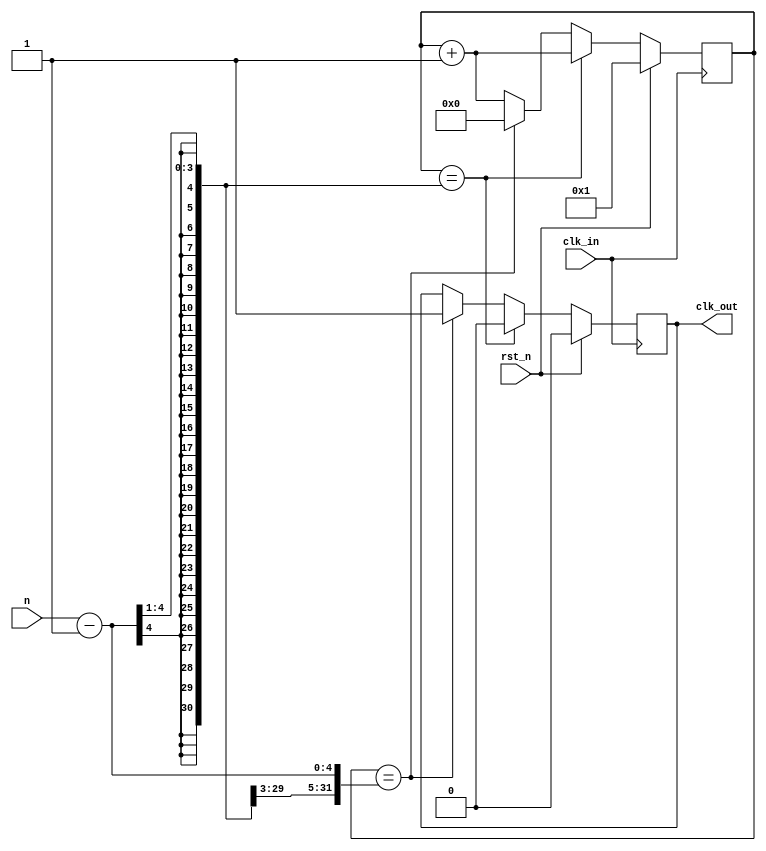
`timescale 1ns / 1ps
//////////////////////////////////////////////////////////////////////////////////
// Company: 
// Engineer: 
// 
// Design Name: 
// Module Name:    clk_div 
// Project Name: 
// Target Devices: 
// Tool versions: 
// Description: 
//
// Dependencies: 
//
// Revision: 
// Revision 0.01 - File Created
// Additional Comments: 
//
//////////////////////////////////////////////////////////////////////////////////
module clk_div(
   clk_in,
	rst_n,
	n,
   clk_out
   );

input clk_in;
input rst_n;	
input [3:0] n; 
output reg clk_out = 0;

reg [3:0] cnt = 1;	//trick

always @ (posedge clk_in)
begin
	if (rst_n)
	begin
		cnt <= 1;	//trick
		clk_out <= 0;
	end
	else
	begin
		if (cnt == (n - 1) >> 1)
		begin
			cnt <= cnt + 1;
			clk_out <= 0;	
		end
		else if (cnt == n - 1)
		begin
			cnt <= 0;
			clk_out <= 1;	
		end
		else
		begin
			cnt <= cnt + 1;
			clk_out <= clk_out;
		end
	end
end
		
endmodule